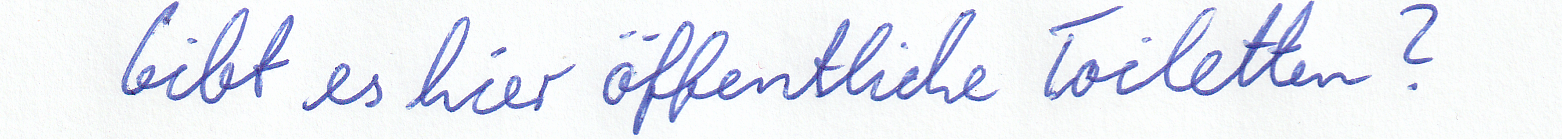
Gibt es hier öffentliche Toiletten?